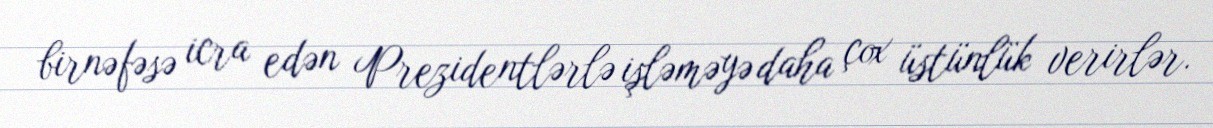
birnəfəsə icra edən Prezidentlərlə işləməyə daha çox üstünlük verirlər.